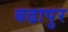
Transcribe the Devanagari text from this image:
बढापुर